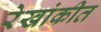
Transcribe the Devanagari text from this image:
रेखांकीत